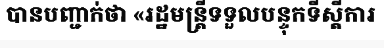
បានបញ្ជាក់ថា «រដ្ឋមន្ត្រីទទួលបន្ទុកទីស្តីការ